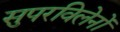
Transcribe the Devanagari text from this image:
सुपरविलेनों